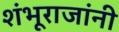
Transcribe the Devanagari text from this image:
शंभूराजांनी